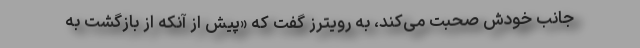
جانب خودش صحبت می‌کند، به رویترز گفت که «پیش از آنکه از بازگشت به